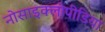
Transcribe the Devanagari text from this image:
नोसाइक्लोपीडिया